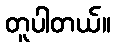
တူပါတယ်။